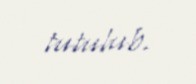
tutulub.